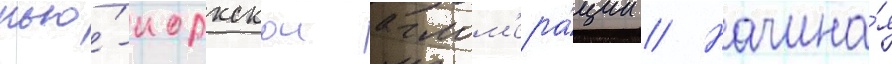
нью́-иоркскои аглом'ера́ции // Начина́я